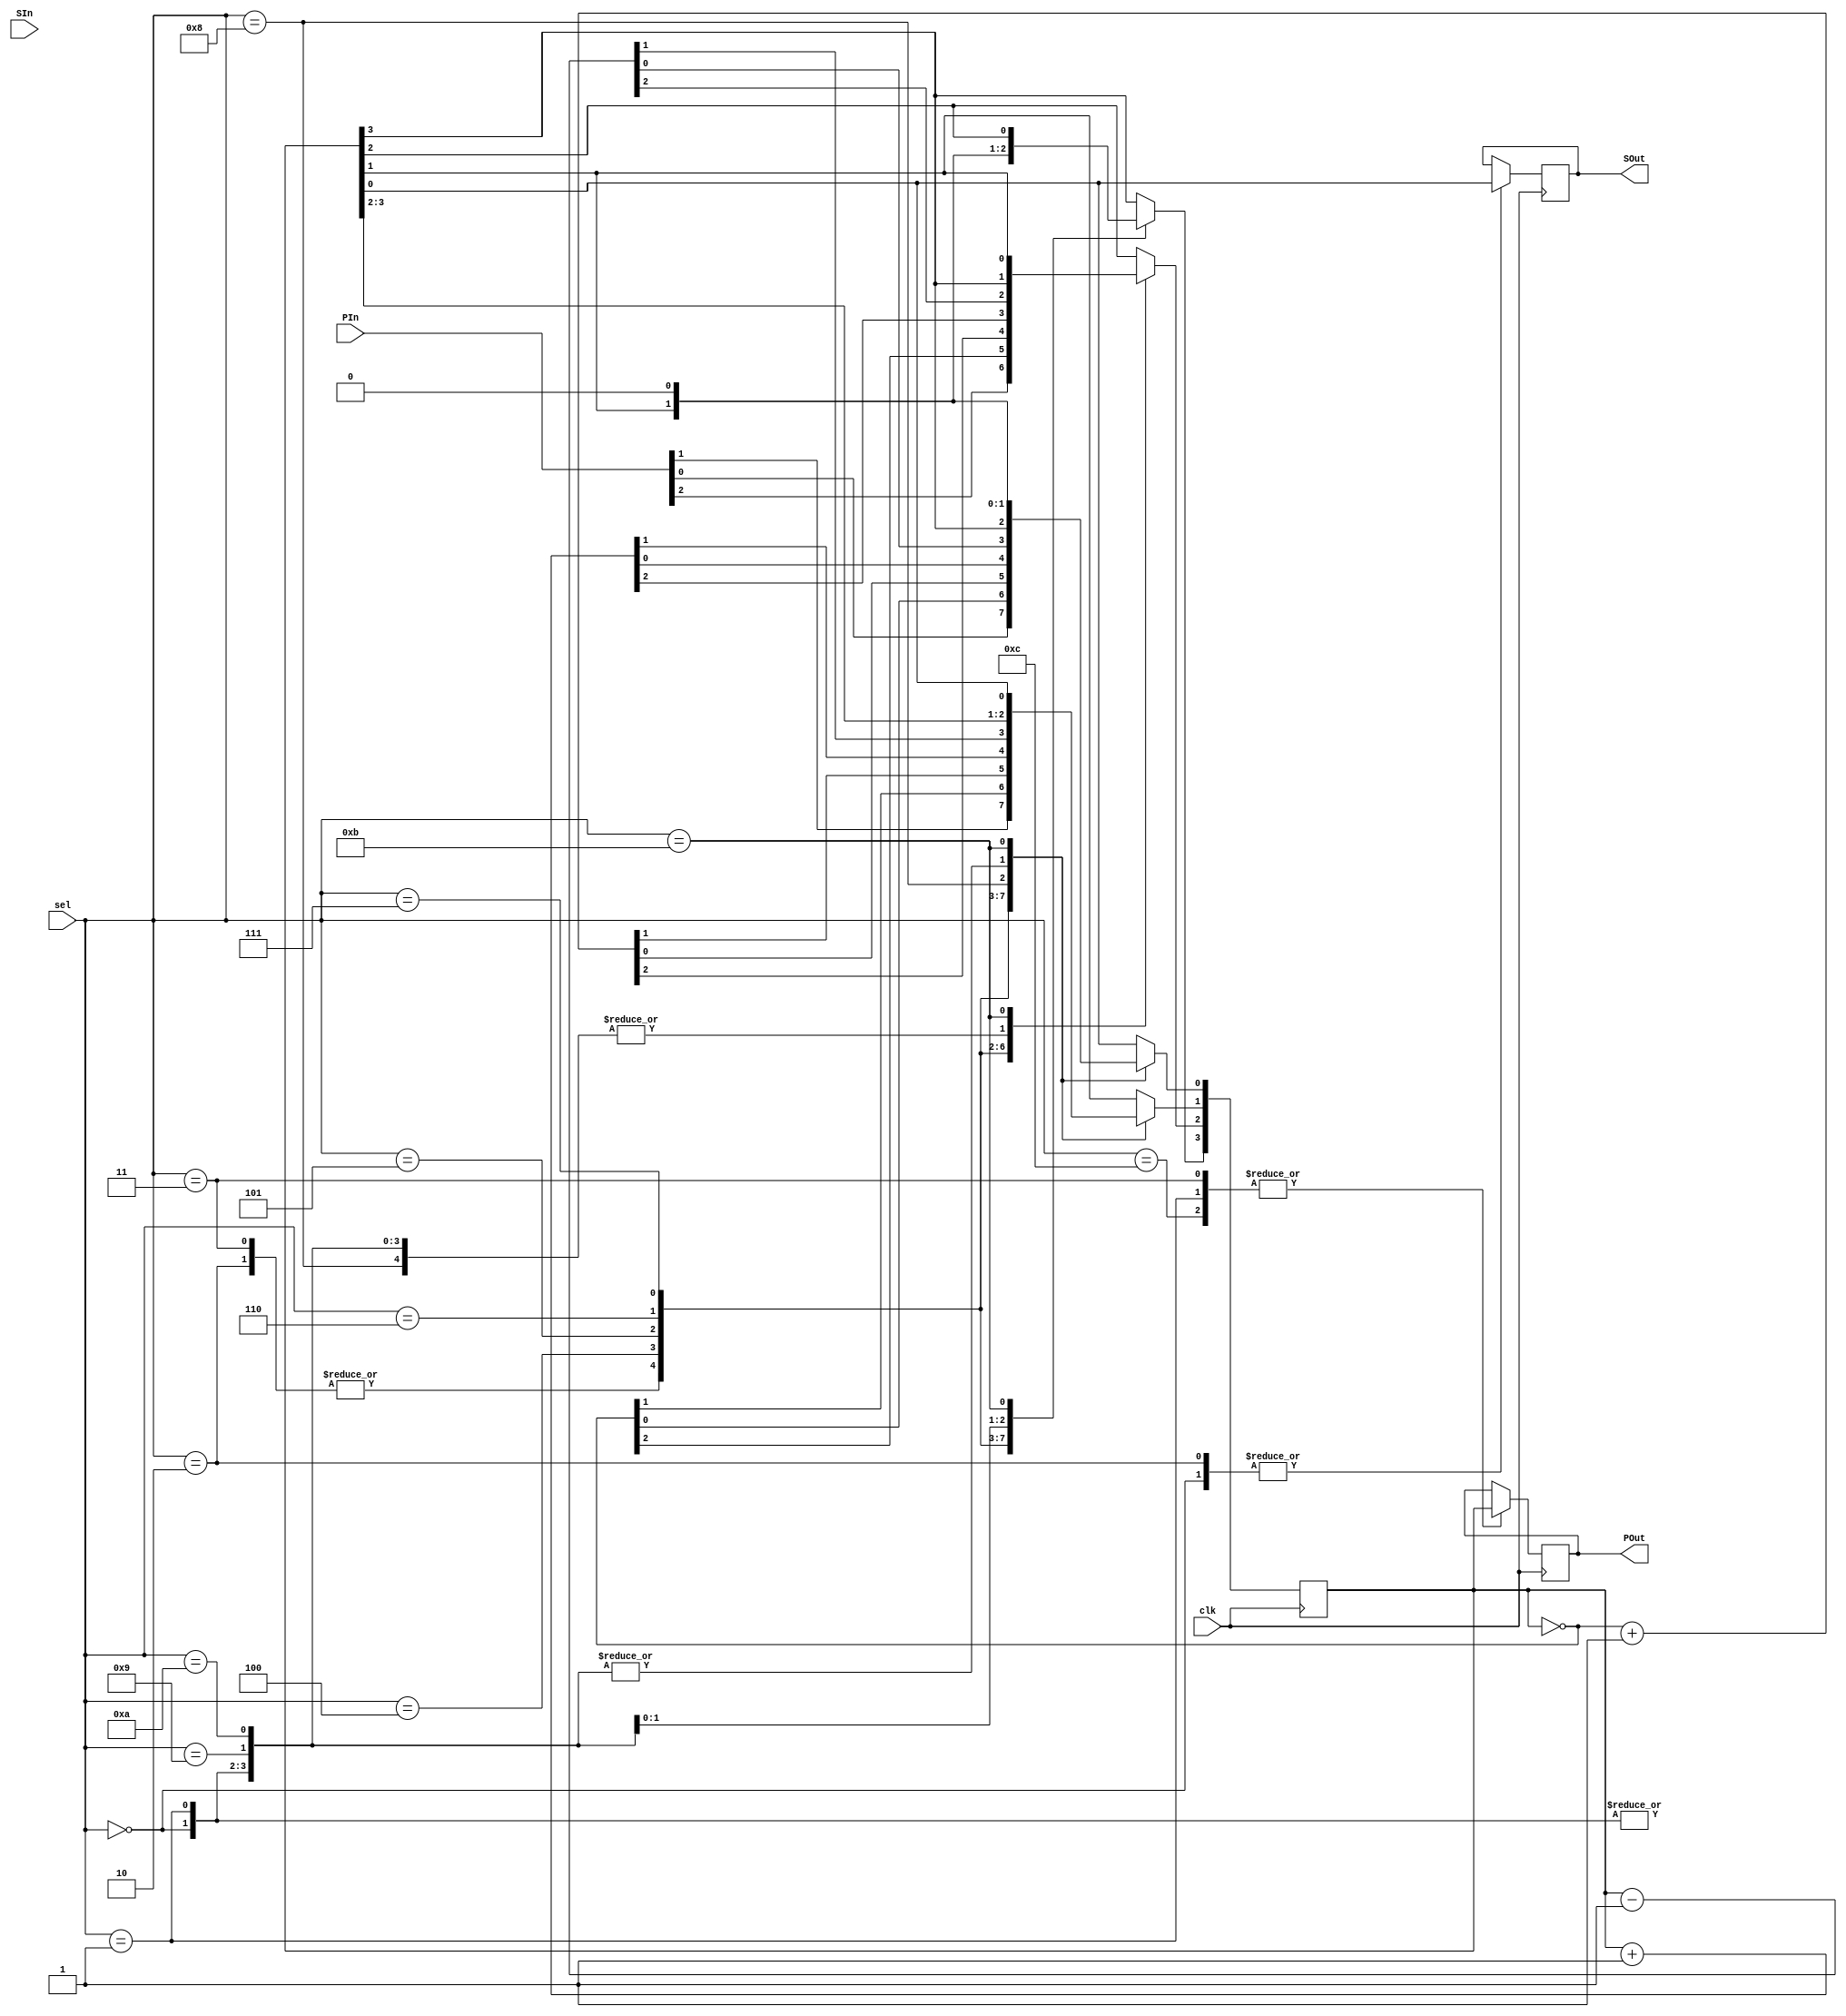
module Rigester(
    input wire clk,
    input wire[0:3] sel,
    input wire[0:3] PIn,
    input wire SIn,
    output reg[0:3] POut,
    output reg SOut
);
reg [0:3] temp;
always @(posedge clk ) begin
   case (sel)
       0 : begin // SISO
            SOut = temp[3];
            temp[3] = temp[2];
            temp[2] = temp[1];
            temp[1] = temp[0];
            temp[0] = SIn;
       end
       1 : begin // SIPO
            POut = temp;
            temp[3] = temp[2];
            temp[2] = temp[1];
            temp[1] = temp[0];
            temp[0] = SIn;
       end
       2 : begin // PISO
            SOut=temp[3];
            temp = PIn;
       end
       3 : begin // PIPO
            POut = temp;
            temp = PIn;
       end
       4 : begin // OSC
            temp = ~temp;
       end
       5 : begin // TSC
            temp = (~temp)+1;
       end
       6 : begin // INC
            temp = temp+1;
       end
       7 : begin // DEC
            temp = temp-1;
       end
       8 : begin // CRSH
            temp[3] = temp[0];
            temp[2] = temp[3];
            temp[1] = temp[2];
            temp[0] = temp[1];
       end
       9 : begin // CLSH
            temp[3] = temp[2];
            temp[2] = temp[1];
            temp[1] = temp[0];
            temp[0] = temp[3];       
       end
       10 : begin // ARSH
            temp = temp>>>1;
       end
       11 : begin // ALSH
             temp = temp<<<1;
       end
       12 : begin // PO
             POut = temp;
       end
   endcase
end
endmodule